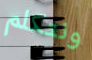
ونتكلم